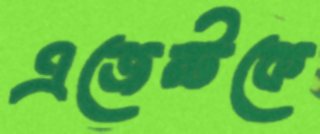
এজেন্টকে